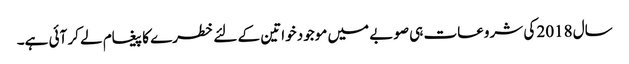
سال 2018 کی شروعات ہی صوبے میں موجود خواتین کے لئے خطرے کا پیغام لے کر آئی ہے۔